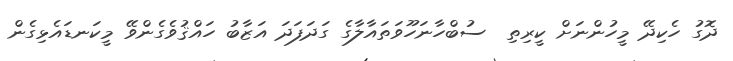
ދޮގު ހެކިދޭ މީހުންނަށް ކީރިތި  ސުބްހާނަހޫވަތައާލާގެ ގަދަފަދަ އަޒާބު ހައްޤުވެގެންވޭ މީކަނޑައެޅިގެން